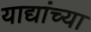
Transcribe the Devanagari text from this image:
याद्यांच्या